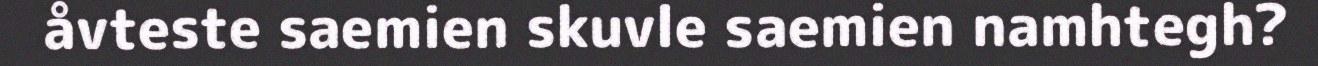
åvteste saemien skuvle saemien namhtegh?